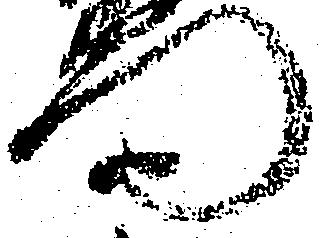
門